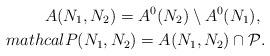
LaTeX: \begin{align*}A(N_1, N_2)=A^0(N_2)\setminus A^0(N_1), \ \\mathcal{P}(N_1,N_2)=A(N_1, N_2)\cap \mathcal{P}.\end{align*}